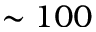
\sim 1 0 0